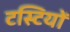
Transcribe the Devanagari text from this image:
टस्टियों